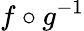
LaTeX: f\circ g^{-1}